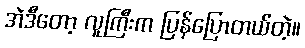
အဲဒီတော့ လူကြီးက ပြန်ပြောတယ်တဲ့။